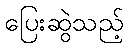
ပြေးဆွဲသည့်